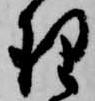
理